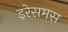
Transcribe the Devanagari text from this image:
इरेसमस